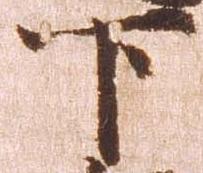
下